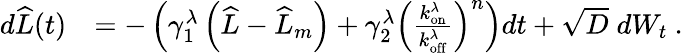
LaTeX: \begin{array}{rl}{d\widehat{L}(t)}&{=-\left(\gamma_{1}^{\lambda}\left(\widehat{L}-\widehat{L}_{m}\right)+\gamma_{2}^{\lambda}\left(\frac{k_{\mathrm{on}}^{\lambda}}{k_{\mathrm{off}}^{\lambda}}\right)^{n}\right)dt+\sqrt{D}\; dW_{t}\ .}\end{array}